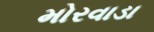
મોરવાડા